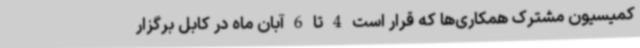
کمیسیون مشترک همکاری‌ها که قرار است 4 تا 6 آبان ماه در کابل برگزار